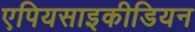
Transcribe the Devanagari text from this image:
एपियसाइकीडियन